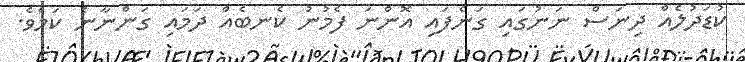
ކުޑަދުލެއް ދިނަސް ނަނުގައި ގަނެފައި އޮންނަ ފެމުނު ކެނބެއް ދަމައި ގަންނާނެ ކަމެވެ.